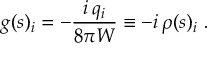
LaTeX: g ( s ) _ { i } = - \frac { i \, q _ { i } } { 8 \pi W } \equiv - i \, \rho ( s ) _ { i } ~ .